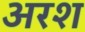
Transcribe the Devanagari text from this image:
अरश